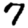
Digit: 7